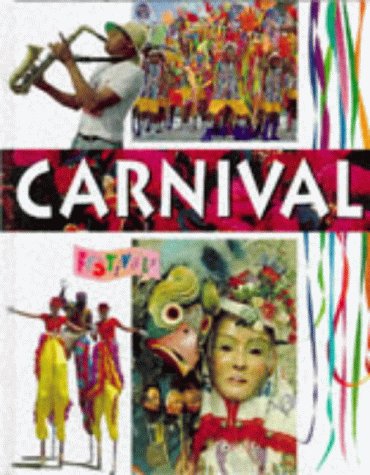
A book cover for Carnival (Festivals); Clare Chandler; Children's Books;